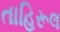
તાહિરૂલ